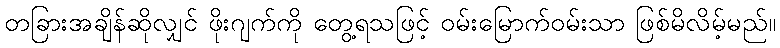
တခြားအချိန်ဆိုလျှင် ဖိုးဂျက်ကို တွေ့ရသဖြင့် ဝမ်းမြောက်ဝမ်းသာ ဖြစ်မိလိမ့်မည်။